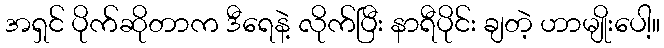
အရှင် ပိုက်ဆိုတာက ဒီရေနဲ့ လိုက်ပြီး နာရီပိုင်း ချတဲ့ ဟာမျိုးပေါ့။